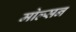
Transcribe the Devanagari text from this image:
मोल्सन